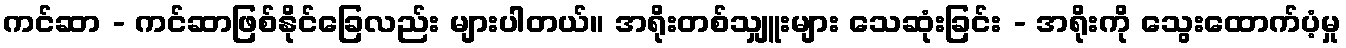
ကင်ဆာ - ကင်ဆာဖြစ်နိုင်ခြေလည်း များပါတယ်။ အရိုးတစ်သျှူးများ သေဆုံးခြင်း - အရိုးကို သွေးထောက်ပံ့မှု